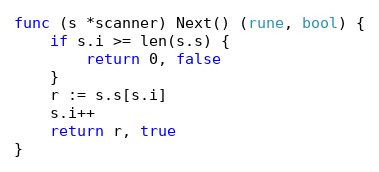
Language: Go
func (s *scanner) Next() (rune, bool) {
	if s.i >= len(s.s) {
		return 0, false
	}
	r := s.s[s.i]
	s.i++
	return r, true
}